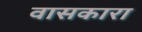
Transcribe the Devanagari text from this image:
वासकारा